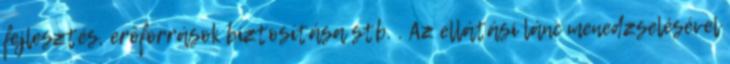
fejlesztés, erőforrások biztosítása stb. . Az ellátási lánc menedzselésével